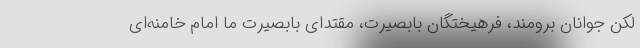
لکن جوانان برومند، فرهیختگان بابصیرت، مقتدای بابصیرت ما امام خامنه‌ای